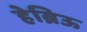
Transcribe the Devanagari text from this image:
हेब्रिऊ